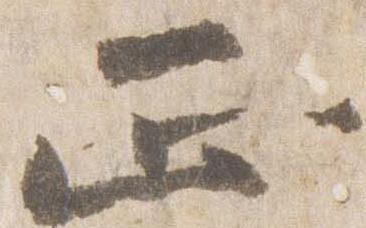
正